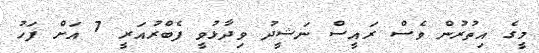
މީގެ އިތުރުން ވެސް ރައީސް ނަޝީދު ވިދާޅުވީ ފެބްރުއަރީ 7 އަށް ފަހު